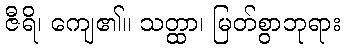
ဇီရိ၊ ကျေ၏။ သတ္ထာ၊ မြတ်စွာဘုရား